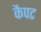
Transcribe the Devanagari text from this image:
कैपट